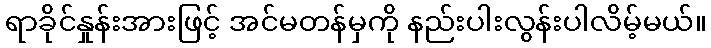
ရာခိုင်နှုန်းအားဖြင့် အင်မတန်မှကို နည်းပါးလွန်းပါလိမ့်မယ်။